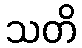
သတိ